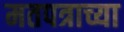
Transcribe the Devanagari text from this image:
मतपत्राच्या